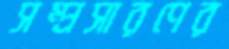
সম্প্রসারণের